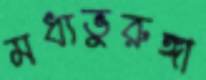
মধ্যভুরুঙ্গা